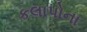
કલાપોના